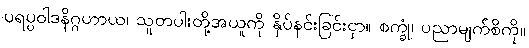
ပရပ္ပဝါဒနိဂ္ဂဟာယ၊ သူတပါးတို့အယူကို နှိပ်နင်းခြင်းငှာ။ စက္ခုံ၊ ပညာမျက်စိကို။